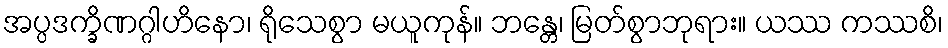
အပ္ပဒက္ခိဏဂ္ဂါဟိနော၊ ရိုသေစွာ မယူကုန်။ ဘန္တေ၊ မြတ်စွာဘုရား။ ယဿ ကဿစိ၊